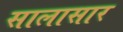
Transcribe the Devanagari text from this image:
सालासार